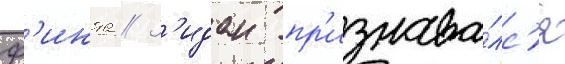
ф'инта // З'идан пр'изнава́лс'я